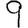
Digit: 9